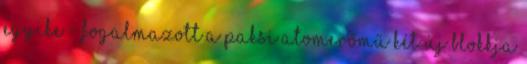
egyike - fogalmazott a Paksi Atomerőmű két új blokkja